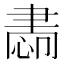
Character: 𦘝